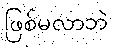
ဖြစ်မလာဘဲ